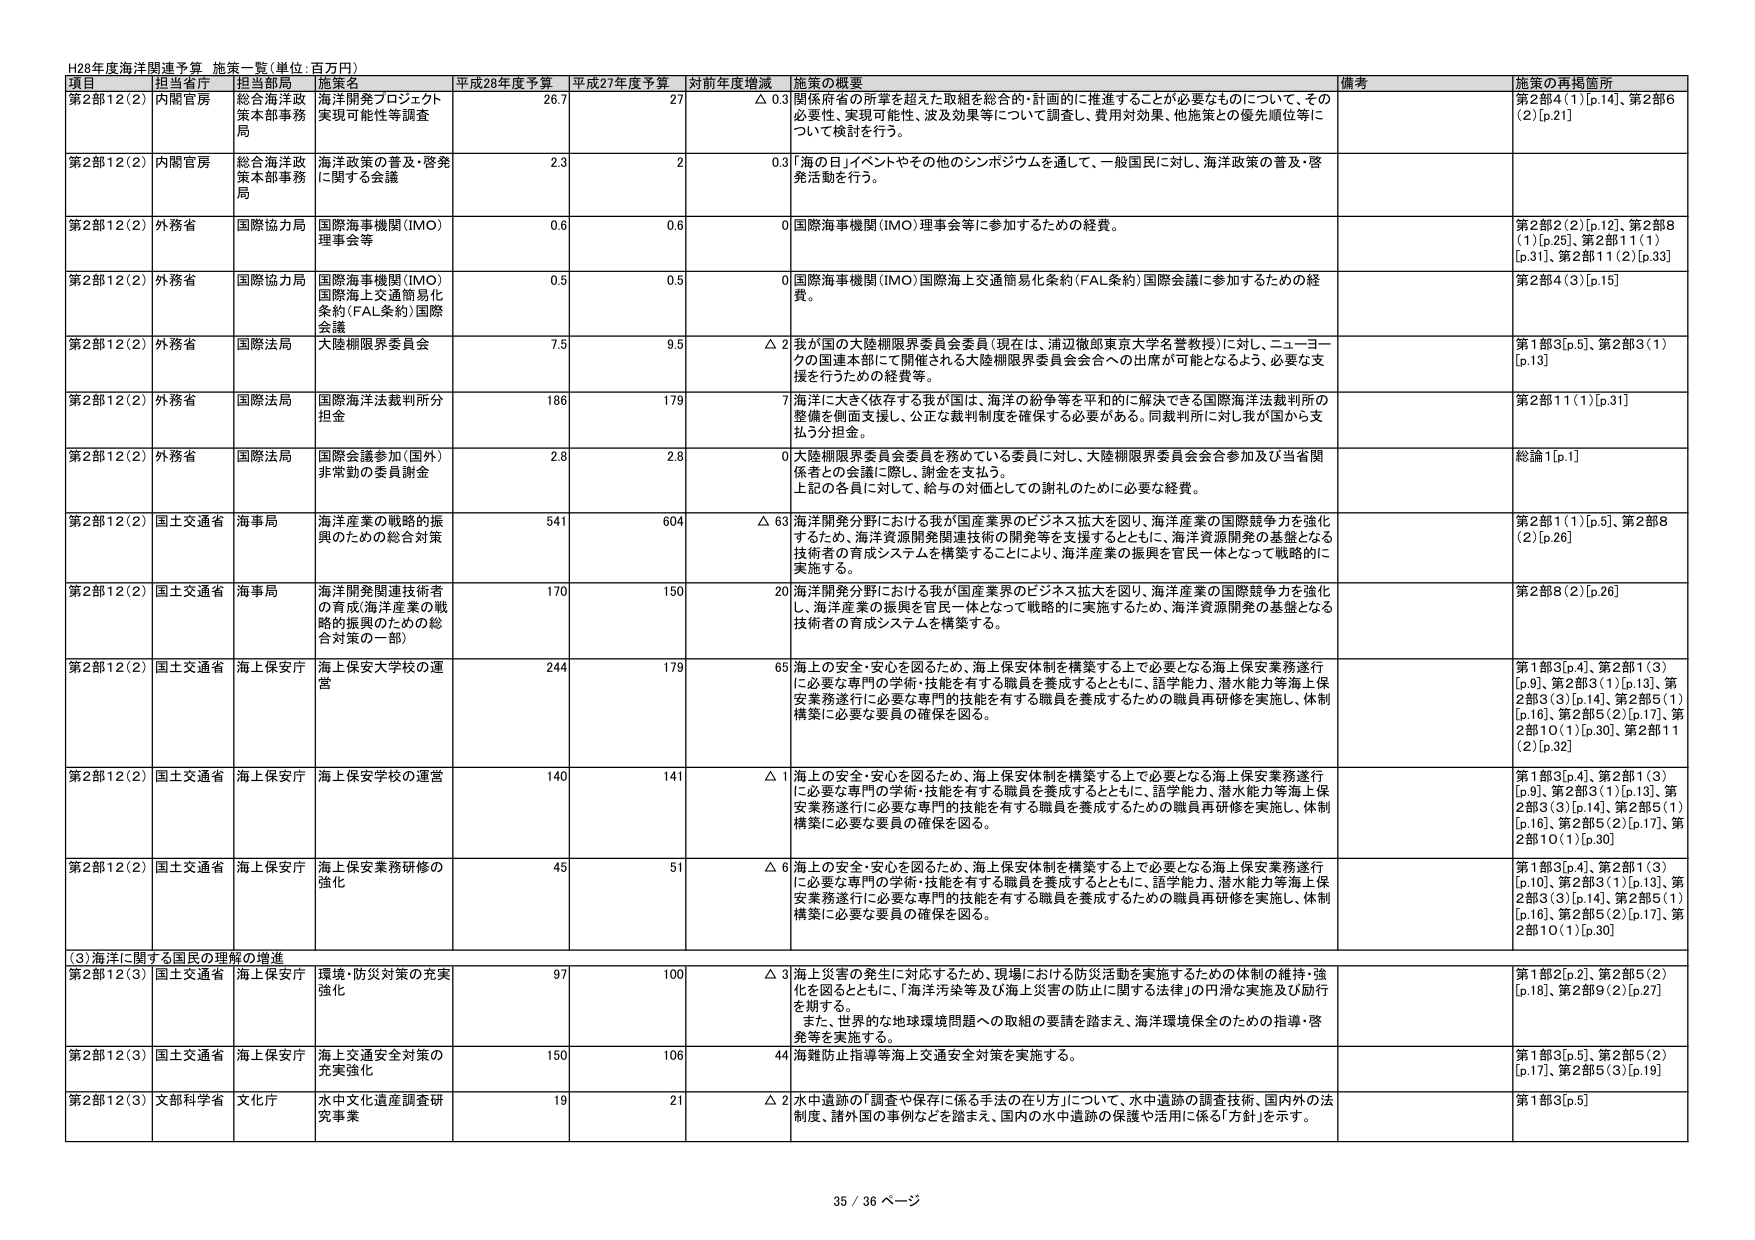
H28年度海洋関連予算 施策一覧（単位：百万円）

項目 担当省庁 担当局 施策名 平成28年度予算 平成27年度予算 対前年度増減 施策の概要 備考 施策の再掲箇所

第2部12(2) 内閣官房 総合海洋政策本部事務局 海洋開発プロジェクト実現可能性等調査 26.7 27 △ 0.3 関係府省の所掌を超えた取組を総合的・計画的に推進することが必要なものについて、その必要性、実現可能性、波及効果等について調査し、費用対効果、他施策との優先順位等について検討を行う。 第2部4(1)[p.14]、第2部6(2)[p.21]

第2部12(2) 内閣官房 総合海洋政策本部事務局 海洋政策の普及・啓発に関する会議 2.3 2 0.3 「海の日」イベントやその他のシンポジウムを通して、一般国民に対し、海洋政策の普及・啓発活動を行う。

第2部12(2) 外務省 国際協力局 国際海事機関(IMO)理事会等 0.6 0.6 0 国際海事機関(IMO)理事会等に参加するための経費。 第2部2(2)[p.12]、第2部8(1)[p.25]、第2部1(1)[p.31]、第2部11(2)[p.33]

第2部12(2) 外務省 国際協力局 国際海事機関(IMO)国際海上交通簡易化条約(FAL条約)国際会議 0.5 0.5 0 国際海事機関(IMO)国際海上交通簡易化条約(FAL条約)国際会議に参加するための経費。 第2部4(3)[p.15]

第2部12(2) 外務省 国際法局 大陸棚限界委員会 7.5 9.5 △ 2 我が国の大陸棚限界委員会委員(現在は、浦辺徹郎東京大学名誉教授)に対し、ニューヨークの国連本部にて開催される大陸棚限界委員会会合への出席が可能となるよう、必要な支援を行うための経費等。 第1部3[p.5]、第2部3(1)[p.13]

第2部12(2) 外務省 国際法局 国際海洋法裁判所分担金 186 179 7 海洋に大きく依存する我が国は、海洋の紛争等を平和的に解決できる国際海洋法裁判所の整備を側面支援し、公正な裁判制度を確保する必要がある。同裁判所に対し我が国から支払う分担金。 第2部11(1)[p.31]

第2部12(2) 外務省 国際法局 国際会議参加(国外)非常勤の委員謝金 2.8 2.8 0 大陸棚限界委員会委員を務めている委員に対し、大陸棚限界委員会会合参加及び当省関係者との会議に際し、謝金を支払う。上記の各員に対して、給与の対価としての謝礼のために必要な経費。 総論1[p.1]

第2部12(2) 国土交通省 海事局 海洋産業の戦略的振興のための総合対策 541 604 △ 63 海洋開発分野における我が国産業界のビジネス拡大を図り、海洋産業の国際競争力を強化するため、海洋資源開発関連技術の開発等を支援するとともに、海洋資源開発の基盤となる技術者の育成システムを構築することにより、海洋産業の振興を官民一体となって戦略的に実施する。 第2部1(1)[p.5]、第2部8(2)[p.26]

第2部12(2) 国土交通省 海事局 海洋開発関連技術者の育成(海洋産業の戦略的振興のための総合対策の一部) 170 150 20 海洋開発分野における我が国産業界のビジネス拡大を図り、海洋産業の国際競争力を強化し、海洋産業の振興を官民一体となって戦略的に実施するため、海洋資源開発の基盤となる技術者の育成システムを構築する。 第2部8(2)[p.26]

第2部12(2) 国土交通省 海上保安庁 海上保安大学校の運営 244 179 65 海上の安全・安心を図るため、海上保安体制を構築する上で必要となる海上保安業務遂行に必要な専門の学術・技能を有する職員を養成するとともに、語学能力、潜水能力等海上保安業務遂行に必要な専門的技能を有する職員を養成するための職員再研修を実施し、体制構築に必要な要員の確保を図る。 第1部3[p.4]、第2部1(3)[p.9]、第2部3(1)[p.13]、第2部3(3)[p.14]、第2部5(1)[p.16]、第2部5(2)[p.17]、第2部10(1)[p.30]、第2部11(2)[p.32]

第2部12(2) 国土交通省 海上保安庁 海上保安学校の運営 140 141 △ 1 海上の安全・安心を図るため、海上保安体制を構築する上で必要となる海上保安業務遂行に必要な専門の学術・技能を有する職員を養成するとともに、語学能力、潜水能力等海上保安業務遂行に必要な専門的技能を有する職員を養成するための職員再研修を実施し、体制構築に必要な要員の確保を図る。 第1部3[p.4]、第2部1(3)[p.9]、第2部3(1)[p.13]、第2部3(3)[p.14]、第2部5(1)[p.16]、第2部5(2)[p.17]、第2部10(1)[p.30]

第2部12(2) 国土交通省 海上保安庁 海上保安業務研修の強化 45 51 △ 6 海上の安全・安心を図るため、海上保安体制を構築する上で必要となる海上保安業務遂行に必要な専門の学術・技能を有する職員を養成するとともに、語学能力、潜水能力等海上保安業務遂行に必要な専門的技能を有する職員を養成するための職員再研修を実施し、体制構築に必要な要員の確保を図る。 第1部3[p.4]、第2部1(3)[p.10]、第2部3(1)[p.13]、第2部3(3)[p.14]、第2部5(1)[p.16]、第2部5(2)[p.17]、第2部10(1)[p.30]

(3)海洋に関する国民の理解の増進

第2部12(3) 国土交通省 海上保安庁 環境・防災対策の充実強化 97 100 △ 3 海上災害の発生に対応するため、現場における防災活動を実施するための体制の維持・強化を図るとともに、「海洋汚染等及び海上災害の防止に関する法律」の円滑な実施及び励行を期する。また、世界的な地球環境問題への取組の要請を踏まえ、海洋環境保全のための指導・啓発等を実施する。 第1部2[p.2]、第2部5(2)[p.18]、第2部9(2)[p.27]

第2部12(3) 国土交通省 海上保安庁 海上交通安全対策の充実強化 150 106 44 海難防止指導等海上交通安全対策を実施する。 第1部3[p.5]、第2部5(2)[p.17]、第2部5(3)[p.19]

第2部12(3) 文部科学省 文化庁 水中文化遺産調査研究事業 19 21 △ 2 水中遺跡の「調査や保存に係る手法の在り方」について、水中遺跡の調査技術、国内外の法制度、諸外国の事例などを踏まえ、国内の水中遺跡の保護や活用に係る「方針」を示す。 第1部3[p.5]

35 / 36 ページ